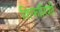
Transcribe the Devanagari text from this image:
शिफारिशों